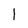
Character: l